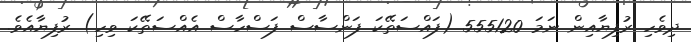
ދިވެހި ރުފިޔާއިން ނަމަ 555120 (ފައްސަތޭކަ ފަންސާސް ފަސްހާސް އެއްސަތޭކަ ވިހި) ރުފިޔާއެވެ.